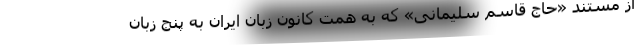
از مستند «حاج قاسم سلیمانی» که به همت کانون زبان ایران به پنج زبان